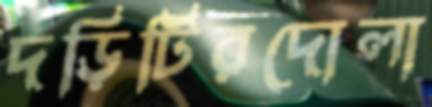
দড়িটিরদোলা